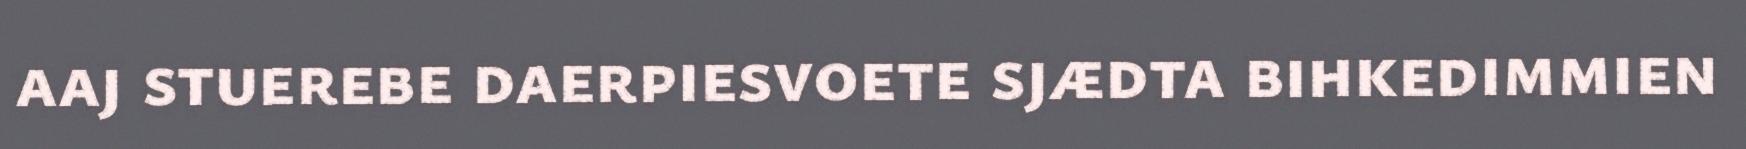
aaj stuerebe daerpiesvoete sjædta bihkedimmien